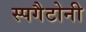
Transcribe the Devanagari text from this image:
स्पगैटोनी